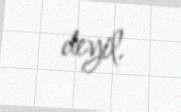
deyil.